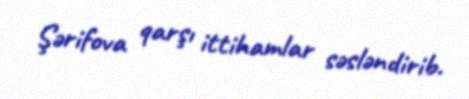
Şərifova qarşı ittihamlar səsləndirib.